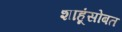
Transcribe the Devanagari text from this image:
शाहूंसोबत